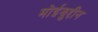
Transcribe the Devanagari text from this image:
मोईझुद्दीन